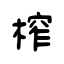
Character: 榨